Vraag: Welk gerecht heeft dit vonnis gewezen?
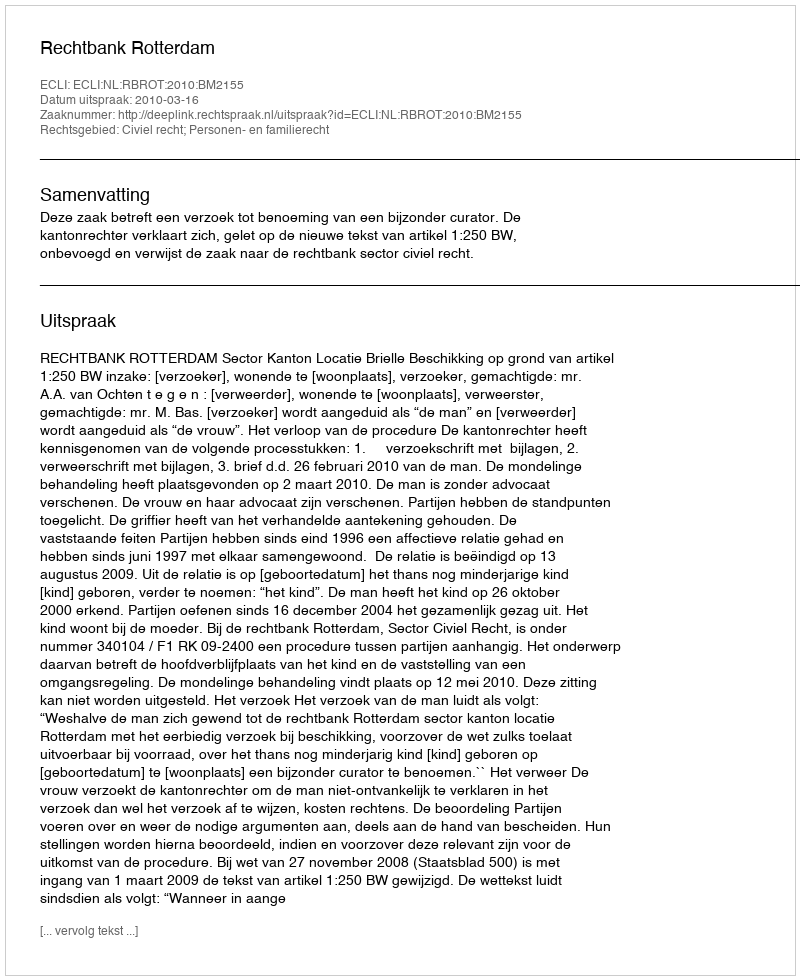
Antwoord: Rechtbank Rotterdam